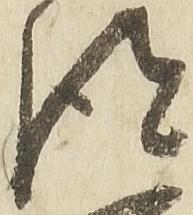
得